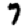
Digit: 7